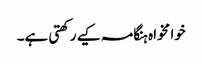
خوا مخواہ ہنگامہ کیے رکھتی ہے۔